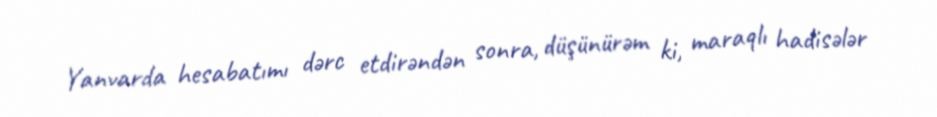
Yanvarda hesabatımı dərc etdirəndən sonra, düşünürəm ki, maraqlı hadisələr